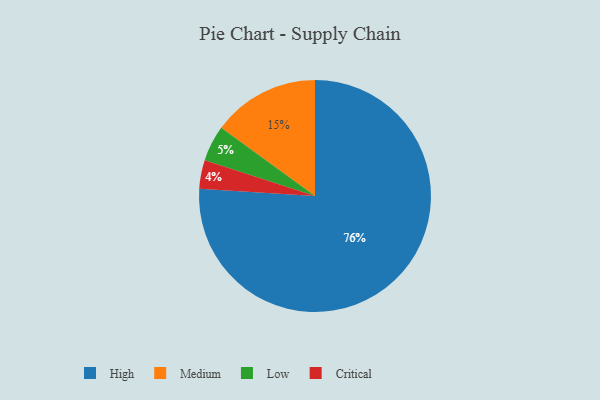
{"axis": {"x": "Category", "y": "Percentage"}, "legend": ["Critical", "High", "Low", "Medium"], "data": [{"x": "Medium", "y": 15, "type": "Medium"}, {"x": "High", "y": 76, "type": "High"}, {"x": "Low", "y": 5, "type": "Low"}, {"x": "Critical", "y": 4, "type": "Critical"}]}